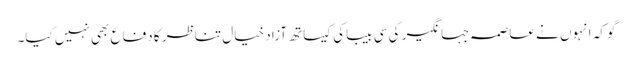
گو کہ انہوں نے عاصمہ جہانگیر کی سی بیباکی کیساتھ آزاد خیال تناظر کا دفاع بھی نہیں کیا۔